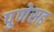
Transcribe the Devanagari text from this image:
पुणेसह